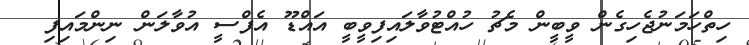
ހިތްހަމަނުޖެހިގެން ވީބީން މެޗު ހުއްޓުވާލައިފިވީބީ އައްޑޫ އެފްސީ އުވާލަން ނިންމައިފި